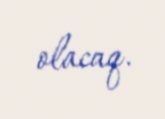
olacaq.